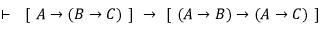
\vdash \ \ \left[ \ A \rightarrow \left( B \rightarrow C \right) \ \right] \ \rightarrow \ \left[ \ \left( A \rightarrow B \right) \rightarrow \left( A \rightarrow C \right) \ \right]